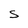
Character: s